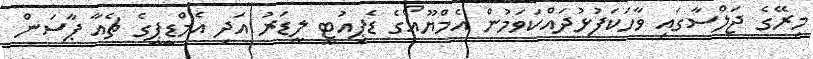
މިރޭގެ ޖަލްސާގައި ވާހަކަފުޅުދައްކަވަމުން އެމްޔޫއޯގެ ޑެޕިއުޓީ ލީޑަރު އަދި އެމްޑީޕީގެ ޗެއާ ޕާސަން